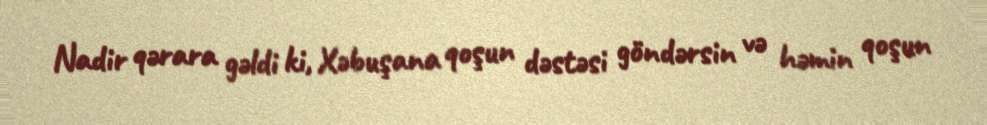
Nadir qərara gəldi ki, Xəbuşana qoşun dəstəsi göndərsin və həmin qoşun